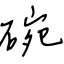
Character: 碗